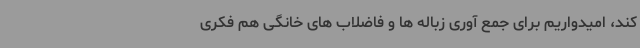
کند، امیدواریم برای جمع آوری زباله ها و فاضلاب های خانگی هم فکری